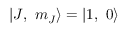
| J , \ m _ { J } \rangle = | 1 , \ 0 \rangle